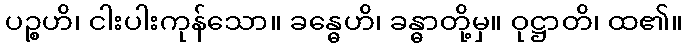
ပဉ္စဟိ၊ ငါးပါးကုန်သော။ ခန္ဓေဟိ၊ ခန္ဓာတို့မှ။ ဝုဋ္ဌာတိ၊ ထ၏။